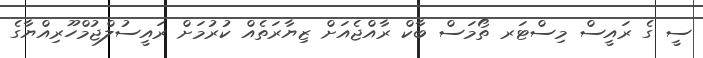
ސީ ގެ ރައީސް މިސްޓަރ ތޯމަސް ބާކް ރާއްޖެއަށް ޒިޔާރަތެއް ކުރުމަށް ރައީސުލްޖުމްހޫރިއްޔާގެ